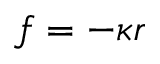
f = - \kappa r